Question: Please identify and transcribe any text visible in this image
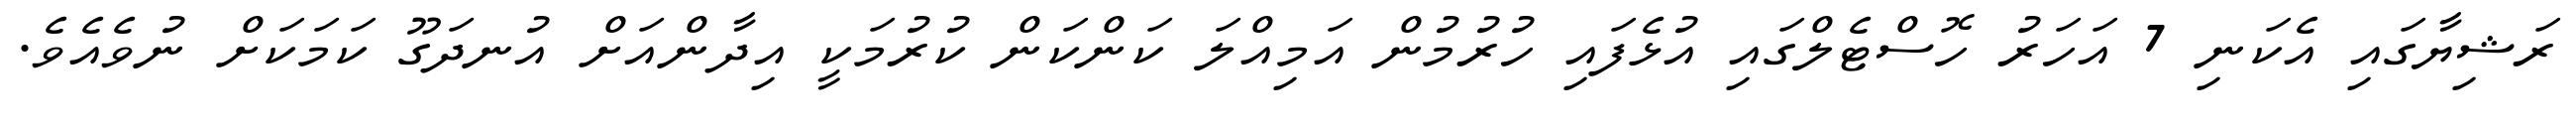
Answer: ރަޝިޔާގައި އެކަނި 7 އަހަރު ހޮސްޓެލްގައި އުޅެފައި ހުރުމުން އަމިއްލަ ކަންކަން ކުރުމަކީ އިދާންއަށް އުނދަގޫ ކަމަކަށް ނުވެއެވެ.